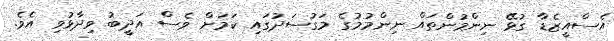
އެސްއީޒެޑާ ގުޅޭ ނިންމުންތައް ނިންމުމުގެ މަގުސަދުގައި ކަމަށް ވެސް އަދީބު ވިދާޅުވި އެވެ.